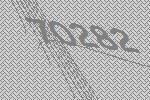
70282